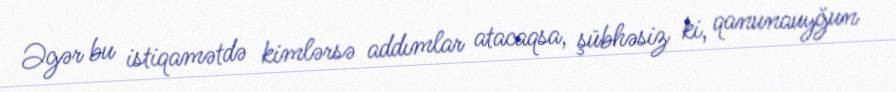
Əgər bu istiqamətdə kimlərsə addımlar atacaqsa, şübhəsiz ki, qanunauyğun